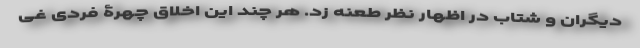
دیگران و شتاب در اظهار نظر طعنه زد. هر چند این اخلاق چهرۀ فردی غی